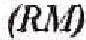
(RM)